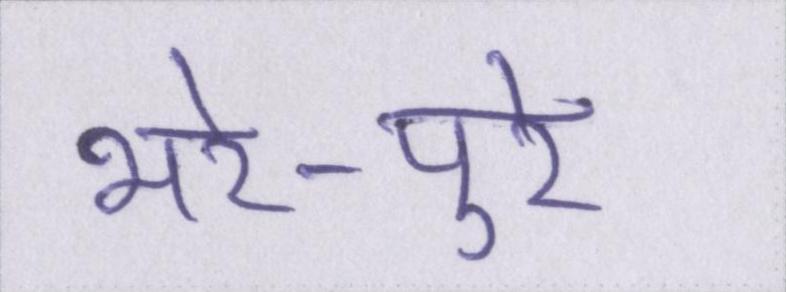
भरे-पुरे